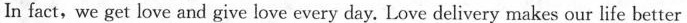
In fact,we get love and give love every day. Love delivery makes our life better